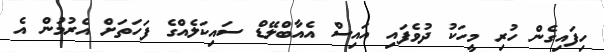
ހިފައިގެން ހުރި މީހަކު ދުވެފައި އައިސް އެއާބްލޭޑް ސައިކަލެއްގެ ފަހަތަށް އެރުމުން އެ